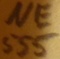
Text: NE555